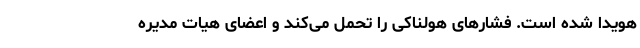
هویدا شده است. فشارهای هولناکی را تحمل می‌کند و اعضای هیات مدیره